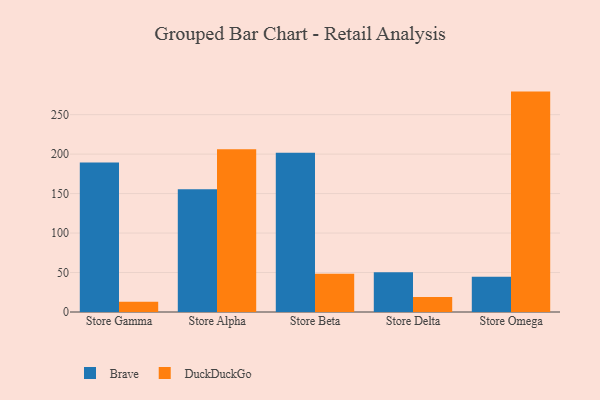
{"axis": {"x": "Store", "y": "Demand Index"}, "legend": ["Brave", "DuckDuckGo"], "data": [{"x": "Store Gamma", "y": 189.4, "type": "Brave"}, {"x": "Store Gamma", "y": 13.1, "type": "DuckDuckGo"}, {"x": "Store Alpha", "y": 155.4, "type": "Brave"}, {"x": "Store Alpha", "y": 206.2, "type": "DuckDuckGo"}, {"x": "Store Beta", "y": 201.7, "type": "Brave"}, {"x": "Store Beta", "y": 48.6, "type": "DuckDuckGo"}, {"x": "Store Delta", "y": 50.4, "type": "Brave"}, {"x": "Store Delta", "y": 19.0, "type": "DuckDuckGo"}, {"x": "Store Omega", "y": 44.8, "type": "Brave"}, {"x": "Store Omega", "y": 279.2, "type": "DuckDuckGo"}]}